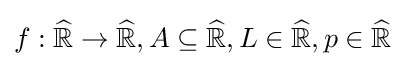
f:{\widehat {\mathbb {R} }}\to {\widehat {\mathbb {R} }},A\subseteq {\widehat {\mathbb {R} }},L\in {\widehat {\mathbb {R} }},p\in {\widehat {\mathbb {R} }}